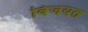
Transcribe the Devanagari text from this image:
विजयत